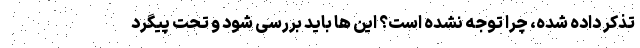
تذکر داده شده، چرا توجه نشده است؟ این ها باید بررسی شود و تحت پیگرد